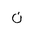
Letter: _non